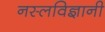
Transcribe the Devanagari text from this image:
नस्लविज्ञानी